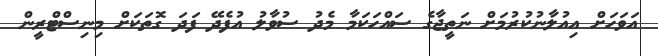
އަވަހަށް އިއުލާނުކުރުމަށް ނަތީޖާގެ ސައްހަކަމާ މެދު ސުވާލު އުފެދޭ ފަދަ ގޮތަކަށް މިނިސްޓްރީން